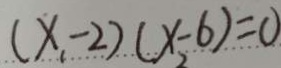
( x _ { 1 } - 2 ) ( x _ { 2 } - 6 ) = 0